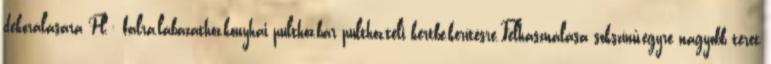
dekorálására Pl.: falra,lábazathoz,konyhai pulthoz,bár pulthoz,téli kertbe,kerítésre.Felhasználása sokszínű,egyre nagyobb teret